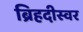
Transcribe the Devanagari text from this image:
ब्रिहदीस्वर